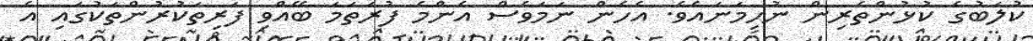
ކުލަބުގެ ކުޅުންތެރިން ނުހިމަނައެވެ. އެހެން ނަމަވެސް އެންމެ ފުރަތަމަ ބޭއްވި ފަރިތަކުރުންތަކުގައި އެ